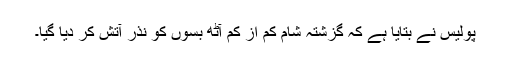
پولیس نے بتایا ہے کہ گزشتہ شام کم از کم آٹھ بسوں کو نذرِ آتش کر دیا گیا۔